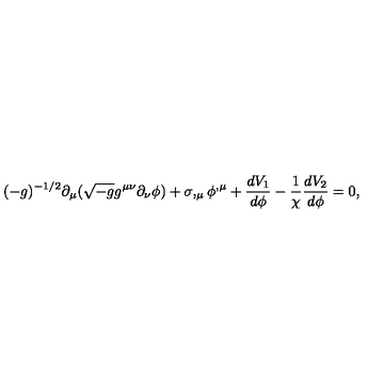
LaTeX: ( - g ) ^ { - 1 / 2 } \partial _ { \mu } ( \sqrt { - g } g ^ { \mu \nu } \partial _ { \nu } \phi ) + \sigma , _ { \mu } \phi ^ { , \mu } + \frac { d V _ { 1 } } { d \phi } - \frac { 1 } { \chi } \frac { d V _ { 2 } } { d \phi } = 0 ,